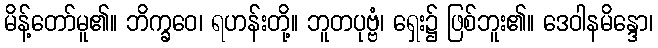
မိန့်တော်မူ၏။ ဘိက္ခဝေ၊ ရဟန်းတို့။ ဘူတပုဗ္ဗံ၊ ရှေး၌ ဖြစ်ဘူး၏။ ဒေဝါနမိန္ဒော၊